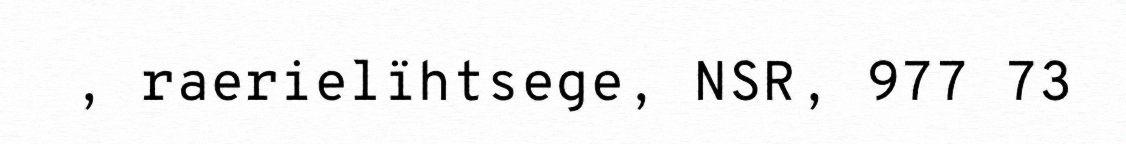
, raerielïhtsege, NSR, 977 73